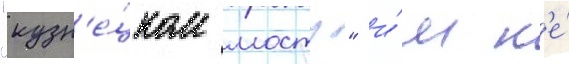
"кузн'е́цком мосту" и́м н'е́